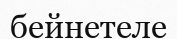
бейнетеле